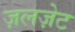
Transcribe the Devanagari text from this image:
ज़लज़ेट